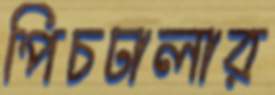
পিচঢালার